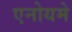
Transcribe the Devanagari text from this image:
एनोयमे